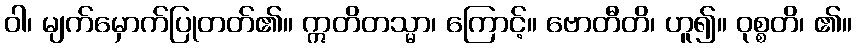
ဝါ၊ မျက်မှောက်ပြုတတ်၏။ ဣတိတသ္မာ၊ ကြောင့်။ ဗောတီတိ၊ ဟူ၍။ ဝုစ္စတိ၊ ၏။